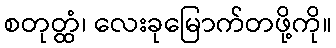
စတုတ္ထံ၊ လေးခုမြောက်တဖို့ကို။